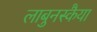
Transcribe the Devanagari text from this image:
लाबुनस्कैया